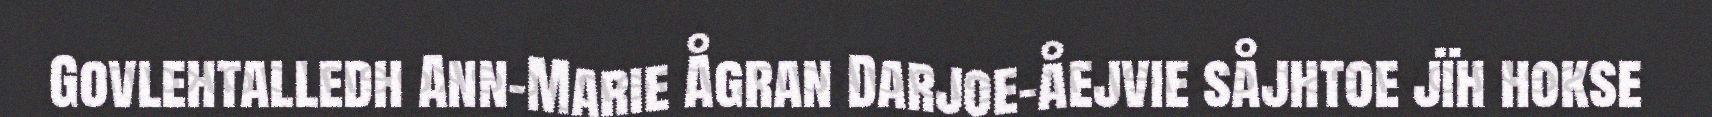
Govlehtalledh Ann-Marie Ågran Darjoe-åejvie såjhtoe jïh hokse